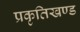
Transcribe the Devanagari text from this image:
प्रकृतिखण्ड